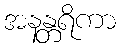
အနန္တရိကာ